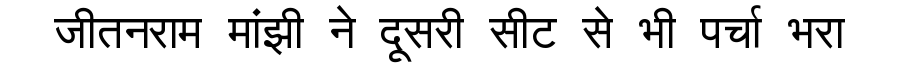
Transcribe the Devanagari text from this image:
जीतनराम मांझी ने दूसरी सीट से भी पर्चा भरा